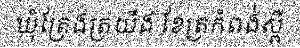
ឃុំត្រែងត្រយឹង ខែត្រកំពង់ស្ពឺ